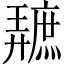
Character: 𪪩